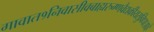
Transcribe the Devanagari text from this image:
गावात१निवासीवबाह्यरुग्णवैद्यकीयसुविधाआहे